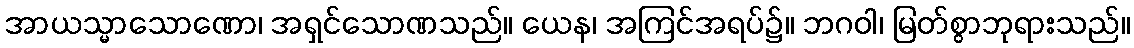
အာယသ္မာသောဏော၊ အရှင်သောဏသည်။ ယေန၊ အကြင်အရပ်၌။ ဘဂဝါ၊ မြတ်စွာဘုရားသည်။